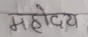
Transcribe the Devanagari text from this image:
महोदय